Madras plague regulations and rules - Volume 1
Disease focus: Plague
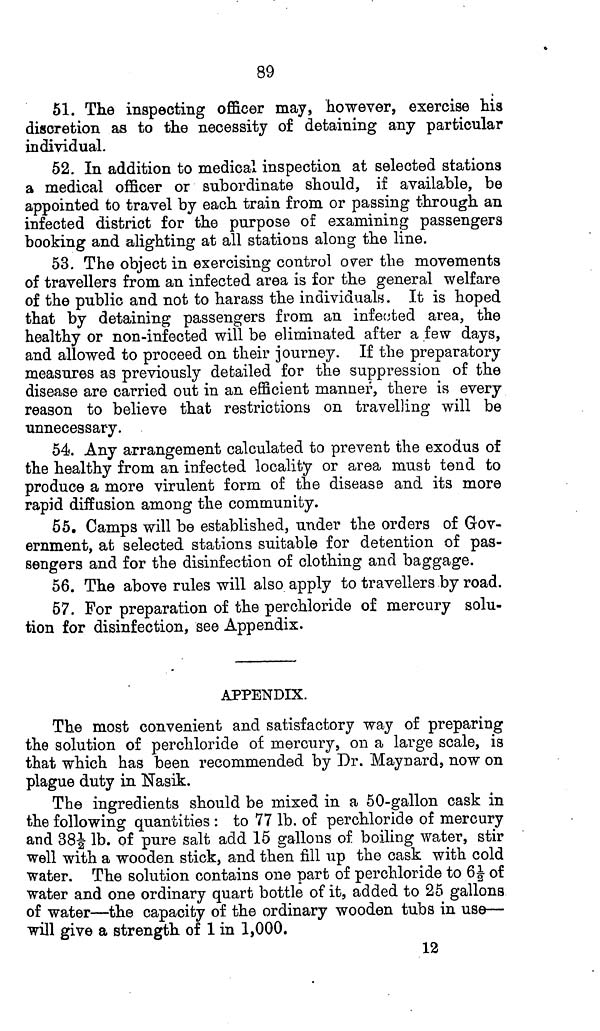
89
51. The inspecting officer may, however, exercise his
discretion as to the necessity of detaining any particular
individual.
52. In addition to medical inspection at selected stations
a medical officer or subordinate should, if available, be
appointed to travel by each, train from or passing through, an
infected district for the purpose of examining passengers
booking and alighting at all stations along the line.
53. The object in exercising control over the movements
of travellers from an infected area is for the general welfare
of the public and not to harass the individuals. It is hoped
that by detaining passengers from an infected area, the
healthy or non-infected will be eliminated after a few days,
and allowed to proceed on their journey. If the preparatory
measures as previously detailed for the suppression of the
disease are carried out in an efficient manner, there is every
reason to believe that restrictions on travelling will be
unnecessary.
54. Any arrangement calculated to prevent the exodus of
the healthy from an infected locality or area must tend to
produce a more virulent form of the disease and its more
rapid diffusion among the community.
55. Camps will be established, under the orders of Gov-
ernment, at selected stations suitable for detention of pas-
sengers and for the disinfection of clothing and baggage.
56. The above rules will also apply to travellers by road.
57. For preparation of the perchloride of mercury solu-
tion for disinfection, see Appendix.
APPENDIX.
The most convenient and satisfactory way of preparing
the solution of perchloride of mercury, on a large scale, is
that which has been recommended by Dr. Maynard, now on
plague duty in Nasik.
The ingredients should be mixed in a 50-gallon cask in
the following quantities : to 77 lb. of perchloride of mercury
and 38½ lb. of pure salt add 15 gallons of boiling water, stir
well with a wooden stick, and then fill up the cask with cold
water. The solution contains one part of perchloride to 6½ of
water and one ordinary quart bottle of it, added to 25 gallons
of water—the capacity of the ordinary wooden tubs in use—
will give a strength of 1 in 1,000.
12